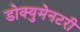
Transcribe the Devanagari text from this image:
डोक्युमेनटरी